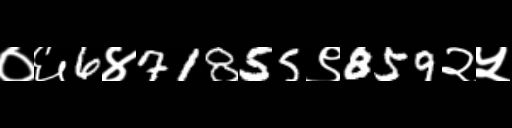
Text: ०६6४71855९859२५